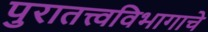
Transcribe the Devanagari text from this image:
पुरातत्त्वविभागाचे